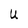
Character: U